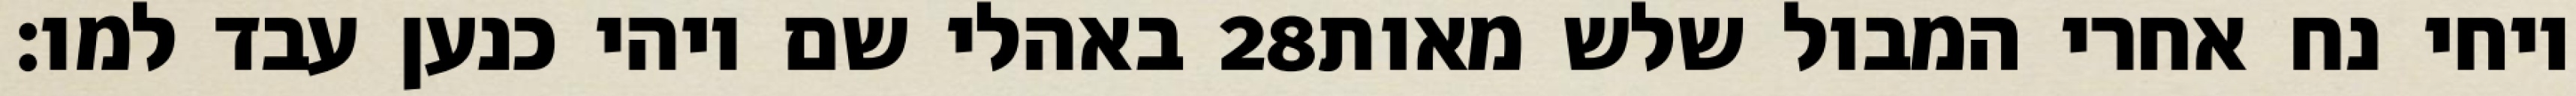
באהלי שם ויהי כנען עבד למו׃ ‎28‏ ויחי נח אחרי המבול שלש מאות